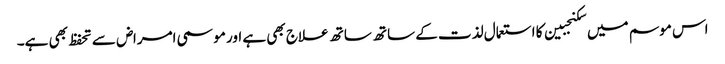
اس موسم میں سکنجبین کا استعمال لذت کے ساتھ ساتھ علاج بھی ہے اور موسمی امراض سے تحفظ بھی ہے۔